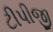
ટીપીજી